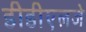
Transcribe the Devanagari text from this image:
डीडीएलजे